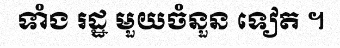
ទាំង រដ្ឋ មួយចំនួន ទៀត ។